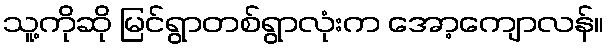
သူ့ကိုဆို မြင်ရွာတစ်ရွာလုံးက အော့ကျောလန်။